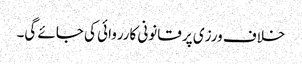
خلاف ورزی پر قانونی کارروائی کی جائے گی۔